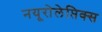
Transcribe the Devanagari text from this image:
नयूरोलेप्तिक्स